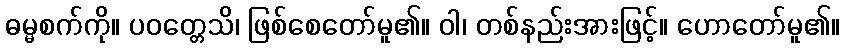
ဓမ္မစက်ကို။ ပဝတ္တေသိ၊ ဖြစ်စေတော်မူ၏။ ဝါ၊ တစ်နည်းအားဖြင့်။ ဟောတော်မူ၏။